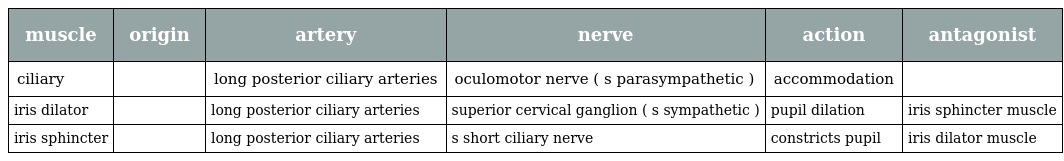
| muscle | origin | artery | nerve | action | antagonist |
 | --- | --- | --- | --- | --- | --- |
 | ciliary |  | long posterior ciliary arteries | oculomotor nerve ( s parasympathetic ) | accommodation |  |
 | iris dilator |  | long posterior ciliary arteries | superior cervical ganglion ( s sympathetic ) | pupil dilation | iris sphincter muscle |
 | iris sphincter |  | long posterior ciliary arteries | s short ciliary nerve | constricts pupil | iris dilator muscle |